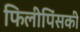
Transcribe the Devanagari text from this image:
फिलीपिंसकी